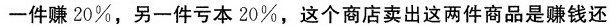
一件赚20%，另一件亏本20%，这个商店卖出这两件商品是赚钱还